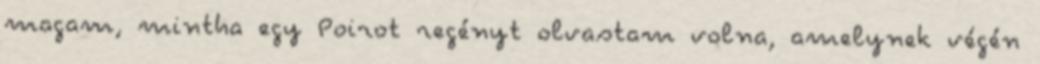
magam, mintha egy Poirot regényt olvastam volna, amelynek végén